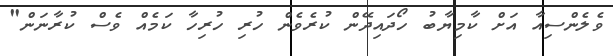
ވެލެންސިއާ އަށް ކާމިޔާބު ހޯދައިދޭން ކުރެވެން ހުރި ހުރިހާ ކަމެއް ވެސް ކުރާނަން"